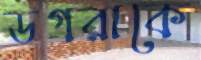
ডগরাকে